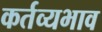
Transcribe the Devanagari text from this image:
कर्तव्यभाव